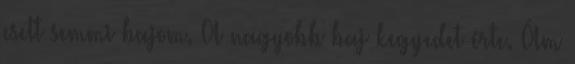
esett semmi bajom. A nagyobb baj kegyedet érte. Ám